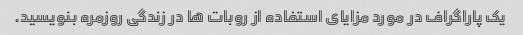
یک پاراگراف در مورد مزایای استفاده از روبات ها در زندگی روزمره بنویسید.